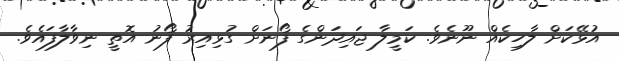
އުޅޭކަށް ލާހިކެއް ނޫނެވެ. ކަމީލާ ޖައިދަންގެ ފޯނަށް ގުޅިއިރު ފޯނު އޮތީ ނިވާލާފައެވެ.